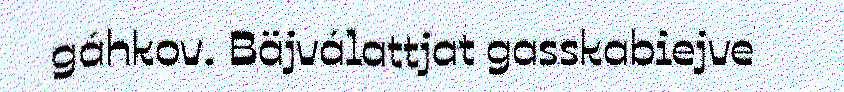
gáhkov. Bäjválattjat gasskabiejve